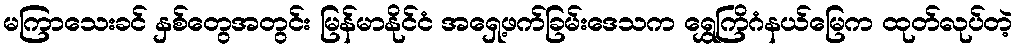
မကြာသေးခင် နှစ်တွေအတွင်း မြန်မာနိုင်ငံ အရှေ့ဖက်ခြမ်းဒေသက ရွှေကြိဂံနယ်မြေက ထုတ်လုပ်တဲ့